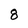
Character: 8